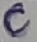
Text: C